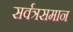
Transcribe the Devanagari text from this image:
सर्वत्रसमान